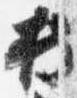
持